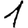
Digit: 1